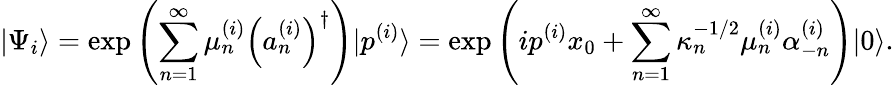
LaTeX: |\Psi_{i}\rangle=\exp\left(\sum_{n=1}^{\infty}\mu_{n}^{(i)}\left(a_{n}^{(i)}\right)^{\dagger}\right)|p^{(i)}\rangle=\exp\left(ip^{(i)}x_{0}+\sum_{n=1}^{\infty}\kappa_{n}^{-1/2}\mu_{n}^{(i)}\alpha_{-n}^{(i)}\right)|0\rangle.